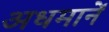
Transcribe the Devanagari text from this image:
अधमानें